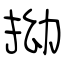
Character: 拗